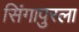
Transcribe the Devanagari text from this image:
सिंगापुरला